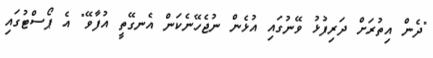
"ދެން އިތުރަށް ދަރިފުޅު ވޭނުގައި އުޅެން ނުޖެހޭނެކަން އެނގޭތީ އުފާވޭ" އެ ޕޯސްޓުގައި